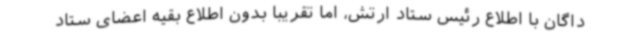
داگان با اطلاع رئیس ستاد ارتش، اما تقریباً بدون اطلاع بقیه اعضای ستاد